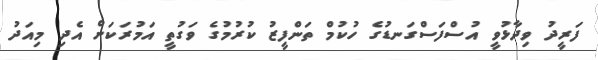
ފަރީދު ވިދާޅުވީ އުސްފަސްގަނޑުގެ ހުކުމް ތަންފީޒު ކުރުމުގެ ވަގުތީ އަމުރަކަށް އެދި މިއަދު